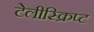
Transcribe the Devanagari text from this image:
टेलीस्क्रिप्ट